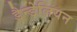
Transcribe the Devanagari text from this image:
डैन्डेलियन